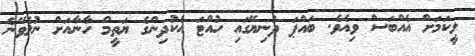
ލީކަމަށް އެއްބަސް ވިއެވެ. ބައްޕަ ދުނިޔޭގައި ހުއްޓަ އެކުދިންގެ ޔަތީމް ހާނާއަށް ނުލެވޭނެ